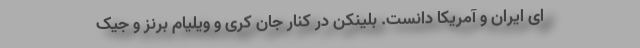
ای ایران و آمریکا دانست. بلینکن در کنار جان کری و ویلیام برنز و جیک